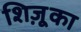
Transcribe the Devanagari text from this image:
शिज़ूका